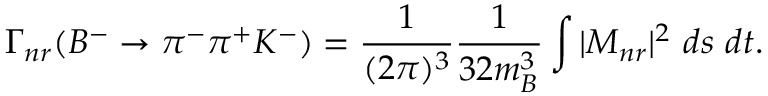
\Gamma _ { n r } ( B ^ { - } \to \pi ^ { - } \pi ^ { + } K ^ { - } ) = \frac { 1 } { ( 2 \pi ) ^ { 3 } } \frac { 1 } { 3 2 m _ { B } ^ { 3 } } \int | { \cal M } _ { n r } | ^ { 2 } ~ d s ~ d t .